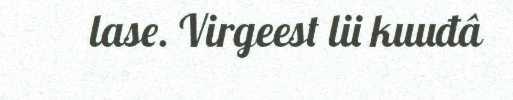
lase. Virgeest lii kuuđâ